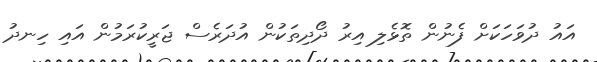
އައު ދުވަހަކަށް ފެނުން ތޮޅެލި އިރު ދޯދިތަކުން އުދަރެސް ޖަރީކުރަމުން އައި ހިނދު